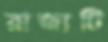
রাজ্যটি